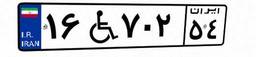
۱۶W۷۰۲۵۴